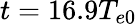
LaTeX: t=16.9{{T}_{e0}}